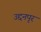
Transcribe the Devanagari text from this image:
उद्दनपृर